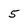
Character: 5